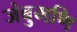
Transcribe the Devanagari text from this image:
जंबुमणि